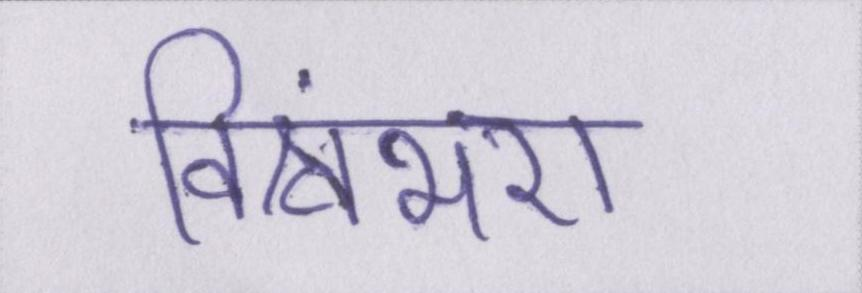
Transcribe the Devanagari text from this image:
विश्वंभरा